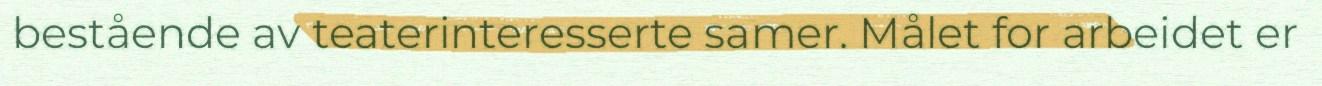
bestående av teaterinteresserte samer. Målet for arbeidet er